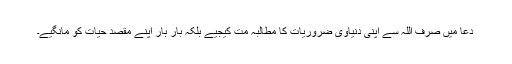
دعا میں صرف اللہ سے اپنی دنیاوی ضروریات کا مطالبہ مت کیجیے بلکہ بار بار اپنے مقصد حیات کو مانگیے۔